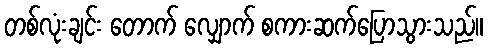
တစ်လုံးချင်း တောက် လျှောက် စကားဆက်ပြောသွားသည်။